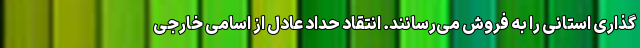
گذاری استانی را به فروش می‌رسانند. انتقاد حداد عادل از اسامی خارجی